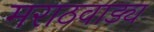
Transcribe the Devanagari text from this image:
मराठवाड्य